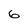
Character: 6